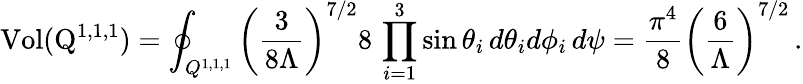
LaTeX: \mathrm{Vol(Q^{1,1,1})}=\oint_{Q^{1,1,1}}\left(\frac{3}{8\Lambda}\right)^{7/2}8\, \prod_{i=1}^{3}\sin\theta_{i}\, d\theta_{i}d\phi_{i}\, d\psi=\frac{\pi^{4}}{8}\left(\frac{6}{\Lambda}\right)^{7/2}\, .